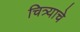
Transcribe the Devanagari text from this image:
चित्र्याचे